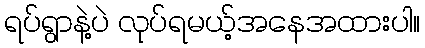
ရပ်ရွာနဲ့ပဲ လုပ်ရမယ့်အနေအထားပါ။